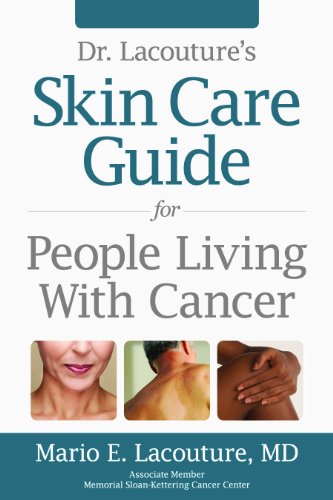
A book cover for Dr. Lacouture's Skin Care Guide for People Living With Cancer; Mario E. Lacouture; Health, Fitness & Dieting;